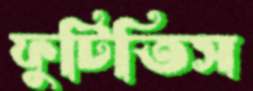
ফুটিতিস